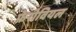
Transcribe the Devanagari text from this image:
फ़ेरोवियल